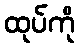
ထုပ်ကို